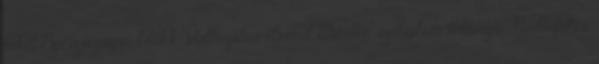
lehet Egészségügyi blokk. Változatos étrend. Minden szobában televízió. Padlófűtés.